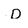
Character: D